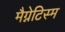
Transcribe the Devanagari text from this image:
मैग्नेटिस्म